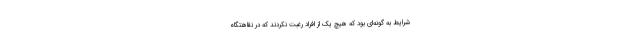
شرایط به گونه‌ای بود که هیچ یک از افراد رغبت نکردند که در نقاهتگاه